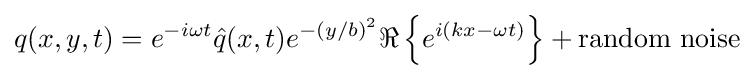
q(x,y,t)=e^{-i\omega t}{\hat {q}}(x,t)e^{-(y/b)^{2}}\Re \left\{e^{i(kx-\omega t)}\right\}+{\text{random noise}}